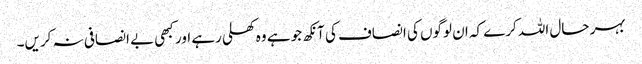
بہر حال اللہ کرے کہ ان لوگوں کی انصاف کی آنکھ جو ہے وہ کھلی رہے اور کبھی بے انصافی نہ کریں۔